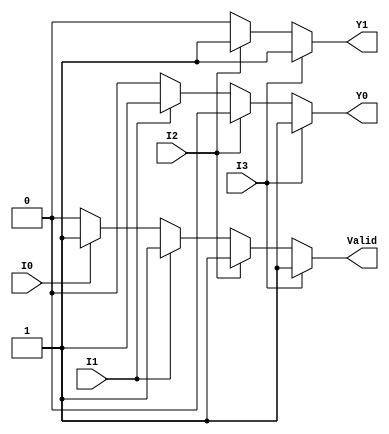
module priority_encoder (
    input wire I0,  // Input 0 (lowest priority)
    input wire I1,  // Input 1
    input wire I2,  // Input 2
    input wire I3,  // Input 3 (highest priority)
    output reg Y1,  // Most significant bit of the output
    output reg Y0,  // Least significant bit of the output
    output reg Valid // Indicates if any input is active
);

always @(*) begin
    // Default values
    Y1 = 1'b0;
    Y0 = 1'b0;
    Valid = 1'b0;

    // Priority encoding logic
    if (I3) begin
        Y1 = 1'b1;
        Y0 = 1'b1;
        Valid = 1'b1;
    end else if (I2) begin
        Y1 = 1'b1;
        Y0 = 1'b0;
        Valid = 1'b1;
    end else if (I1) begin
        Y1 = 1'b0;
        Y0 = 1'b1;
        Valid = 1'b1;
    end else if (I0) begin
        Y1 = 1'b0;
        Y0 = 1'b0;
        Valid = 1'b1;
    end else begin
        // All inputs are low, Valid remains 0
        Valid = 1'b0;
    end
end

endmodule